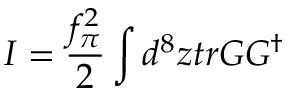
I = \frac { f _ { \pi } ^ { 2 } } { 2 } \int d ^ { 8 } z t r G G ^ { \dagger }